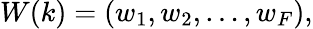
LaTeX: W(k)=(w_{1},w_{2},\dots,w_{F}),